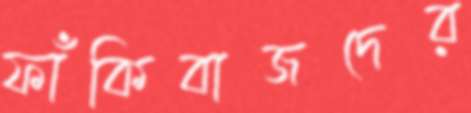
ফাঁকিবাজদের